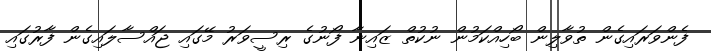
ފެންވަރައިގެން ތުވާލިން ބޯހިއްކަމުން ނުކުތް ޒައިނާ ފޯނުގެ ރިސީވަރު މޭގައި ޖައްސާލައިގެން ފާރުގައި